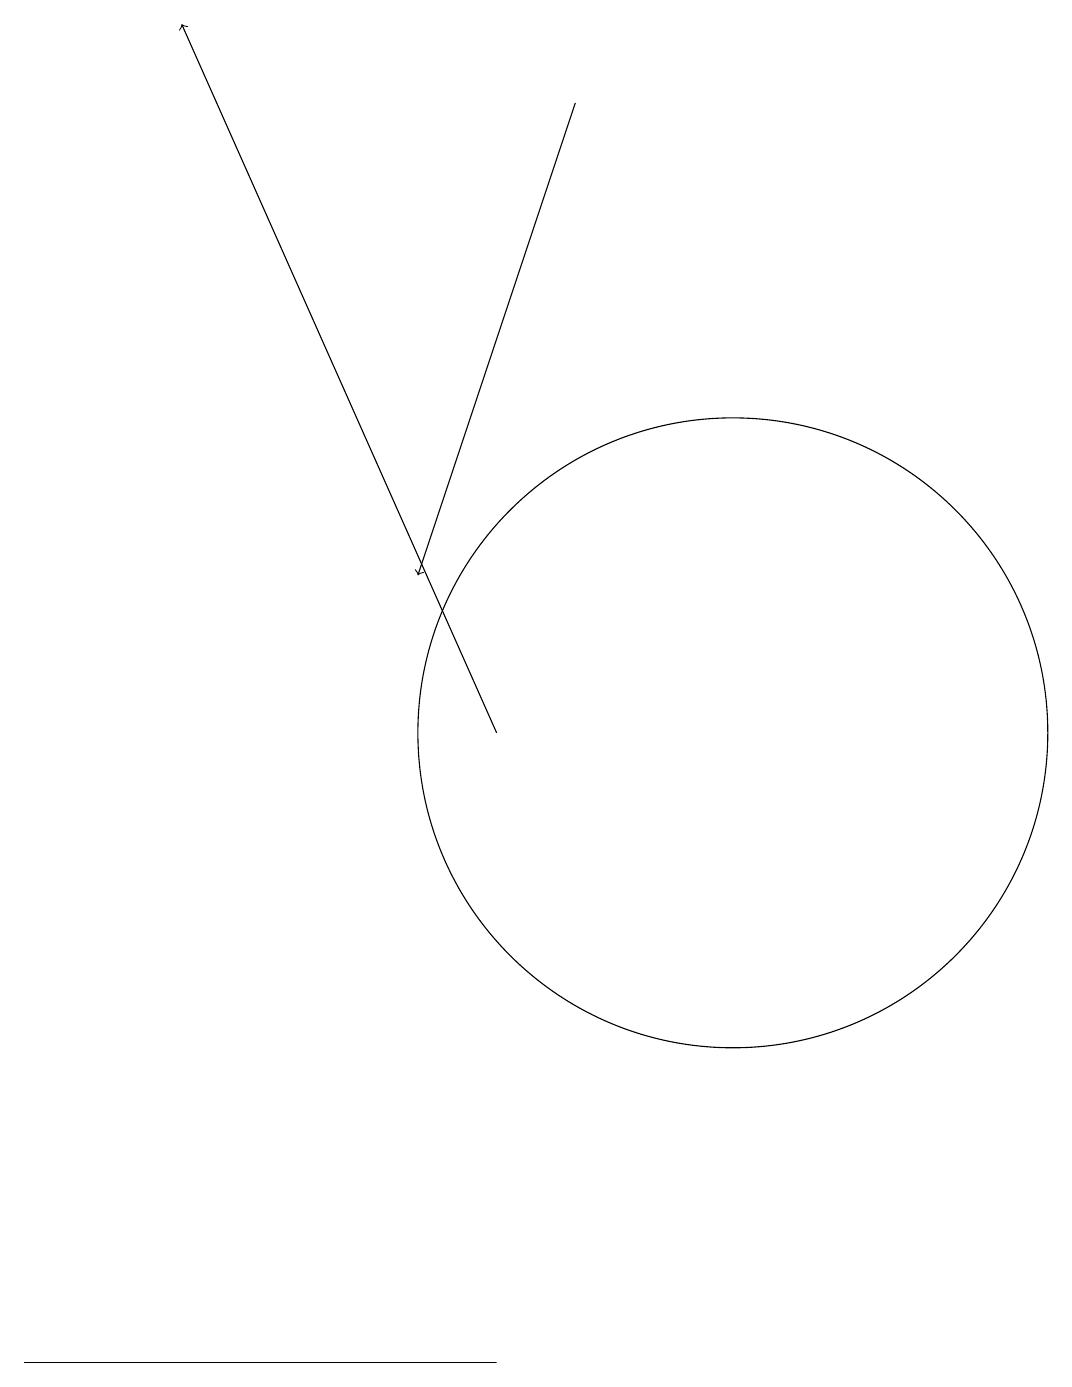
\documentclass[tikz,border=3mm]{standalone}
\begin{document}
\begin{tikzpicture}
\draw (12,10) circle (0);
\draw (11,10) circle (4);
\draw[->] (9,18) -- (7,12);
\draw[->] (8,10) -- (4,19);
\draw (4,2) -- (2,2) -- (8,2) -- cycle;
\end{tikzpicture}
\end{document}